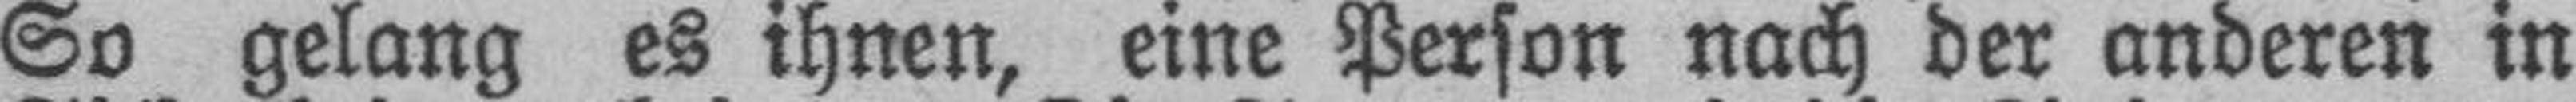
So gelang es ihnen, eine Person nach der anderen in